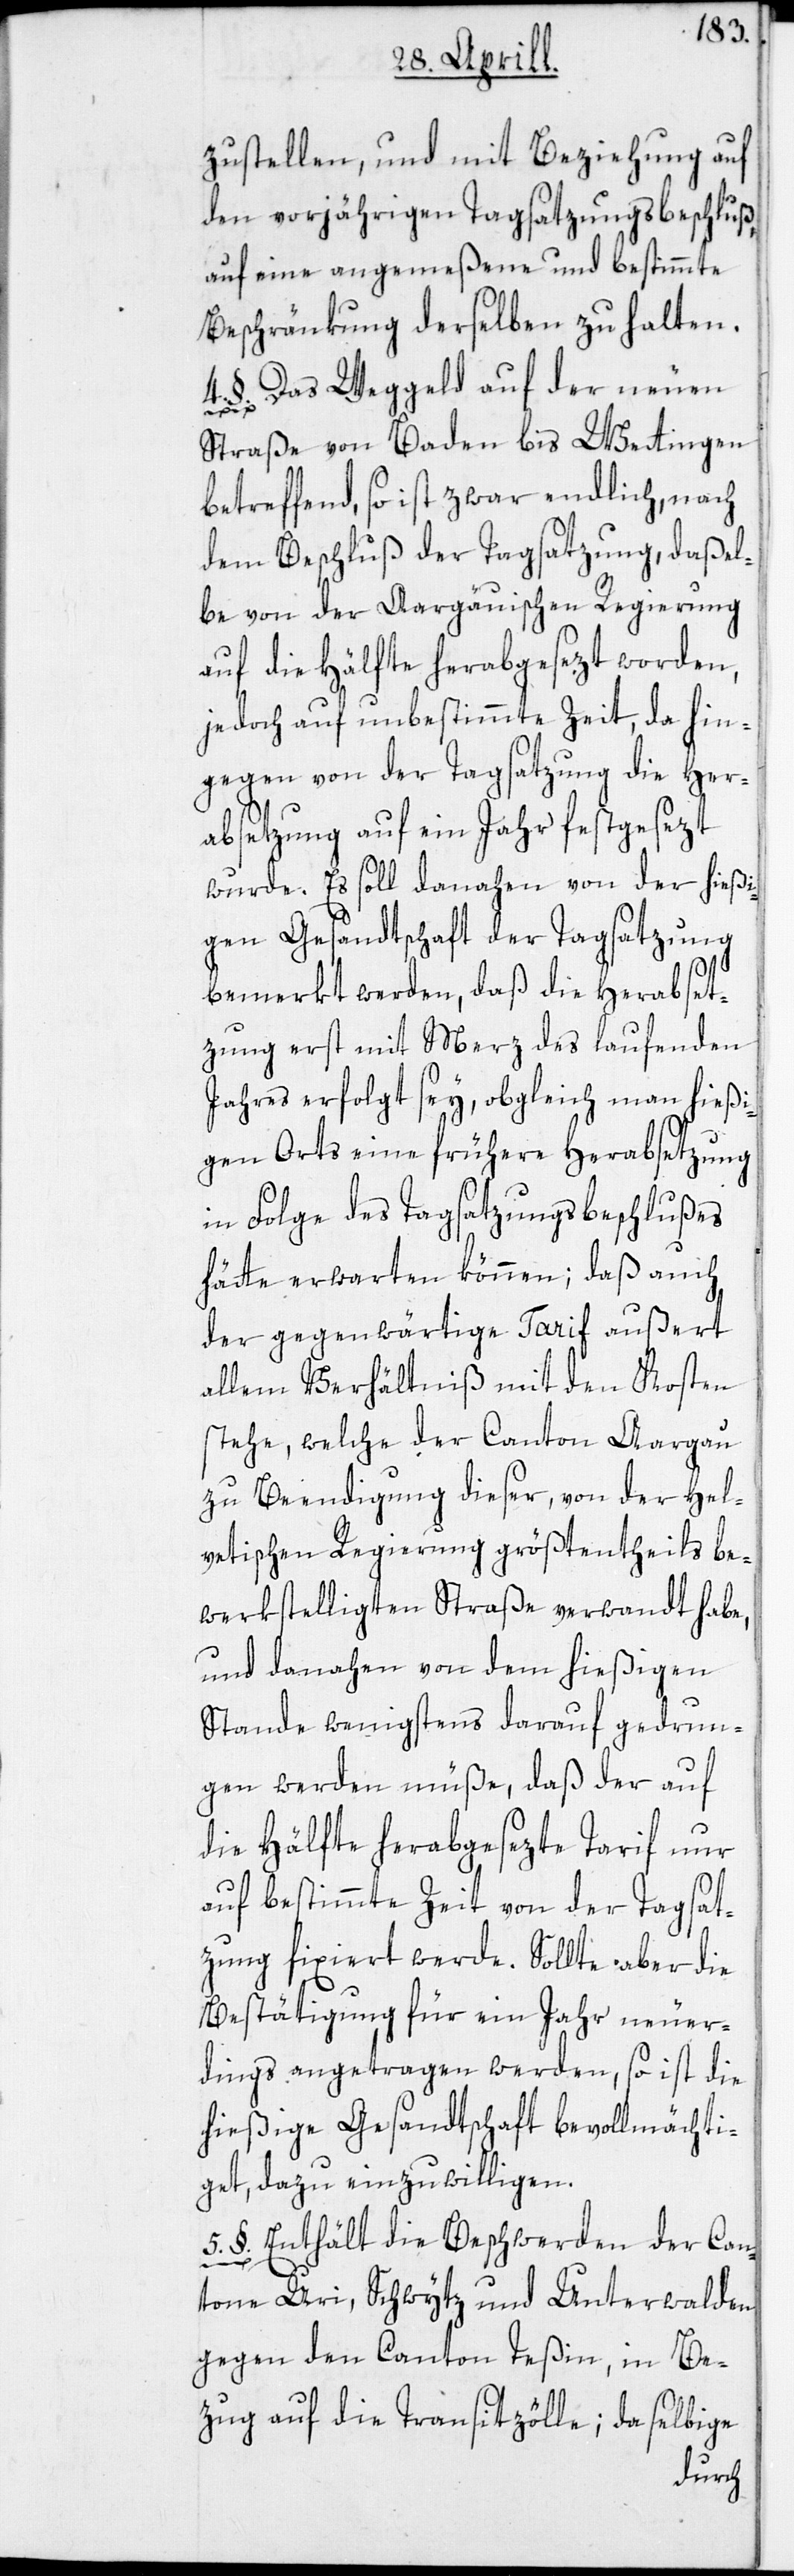
zustellen, und mit Beziehung auf
den vorjährigen Tagsatzungsbeschluß,
auf eine angemeßene und bestimmte
Beschränkung derselben zu halten.
4. §. Das Weggeld auf der neuen
Straße von Baden bis Wettingen
betreffend, so ist zwar endlich, nach
dem Beschluß der Tagsatzung, daßel¬
be von der Aargäuischen Regierung
auf die Hälfte herabgesezt worden,
jedoch auf unbestimmte Zeit, da hin¬
gegen von der Tagsatzung die Her¬
absetzung auf ein Jahr festgesezt
wurde. Es soll danahen von der hießi¬
gen Gesandtschaft der Tagsatzung
bemerkt werden, daß die Herabset¬
zung erst mit Merz des laufenden
Jahres erfolgt sey, obgleich man hießi¬
gen Orts eine frühere Herabsetzung
in Folge des Tagsatzungsbeschlußes
hätte erwarten können; daß auch
der gegenwärtige Tarif außert
allem Verhältniß mit den Kosten
stehe, welche der Canton Aargau
zu Beendigung dieser, von der Hel¬
vetischen Regierung größtentheils be¬
werkstelligten Straße verwandt habe,
und danahen von dem hießigen
Stande wenigstens darauf gedrun¬
gen werden müße, daß der auf
die Hälfte herabgesezte Tarif nur
auf bestimmte Zeit von der Tagsat¬
zung fixiert werde. Sollte aber die
Bestätigung für ein Jahr neuer¬
dings angetragen werden, so ist die
hießige Gesandtschaft bevollmächti¬
get, dazu einzuwilligen.
5. §. Enthält die Beschwerden der Can¬
tone Uri, Schwytz und Unterwalden
gegen den Canton Teßin, in Be¬
zug auf die Transitzölle; da selbige